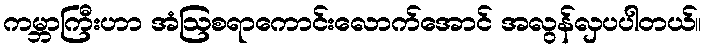
ကမ္ဘာကြီးဟာ အံဩစရာကောင်းလောက်အောင် အလွန်လှပပါတယ်။